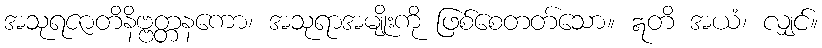
အသုရဇာတိနိဗ္ဗတ္တနကော၊ အသုရာအမျိုးကို ဖြစ်စေတတ်သော။ ဣတိ အယံ၊ လျှင်။